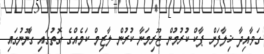
ގަވާއިދާ ޚިލާފަށް ޕާކް ކުރުމުން ޖޫރިމަނާ ކުރުން ލާޒިމް ކަމެއްގެ ގޮތުގައި ގާނޫނުގައި